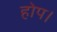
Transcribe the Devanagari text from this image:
होप।